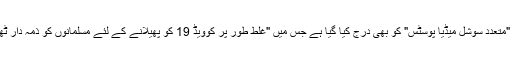
اس پٹیشن میں "متعدد سوشل میڈیا پوسٹس" کو بھی درج کیا گیا ہے جس میں "غلط طور پر کوویڈ 19 کو پھیلانے کے لئے مسلمانوں کو ذمہ دار ٹھہرایا گیا ہے"۔